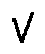
V